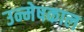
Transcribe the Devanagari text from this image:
उन्मेषकाल